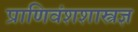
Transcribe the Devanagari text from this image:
प्राणिवंशशास्त्रज्ञ